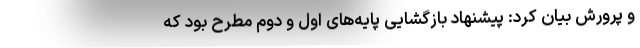
و پرورش بیان کرد: پیشنهاد بازگشایی پایه‌های اول و دوم مطرح بود که